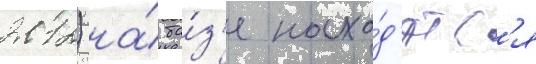
2012) на́ ба́з'е нахо́д'ятс'я